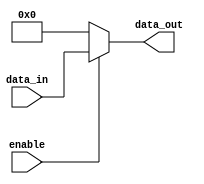
module Disable #(parameter WIDTH = 8) (
    input wire enable,             // Control signal to enable or disable the block
    input wire [WIDTH-1:0] data_in, // Input data
    output reg [WIDTH-1:0] data_out // Output data
);

// Internal state to hold data
reg [WIDTH-1:0] internal_state;

// Always block to implement the Disable functionality
always @* begin
    if (enable) begin
        // When enabled, output the internal data
        data_out = data_in;
        // Also update internal state to hold the data
        internal_state = data_in;
    end else begin
        // When disabled, output a predefined state (logic low or high-impedance)
        // Here we choose logic low (0), modify based on requirement
        data_out = {WIDTH{1'b0}};  // or high-impedance: {WIDTH{1'bz}};
        // Keep the internal state unchanged to preserve the previous value
        // internal_state does not change when disabled
    end
end

endmodule